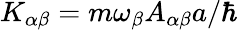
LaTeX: K_{\alpha\beta}=m\omega_{\beta}A_{\alpha\beta}a/\hbar